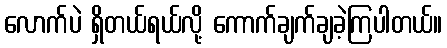
လောက်ပဲ ရှိတယ်ရယ်လို့ ကောက်ချက်ချခဲ့ကြပါတယ်။